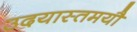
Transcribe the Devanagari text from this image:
उदयास्तमयौ